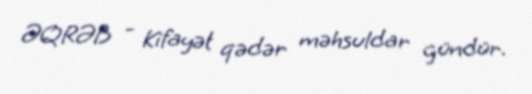
ƏQRƏB - Kifayət qədər məhsuldar gündür.